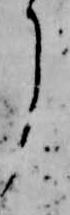
了